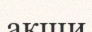
ақши